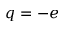
q = - e